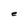
Character: e